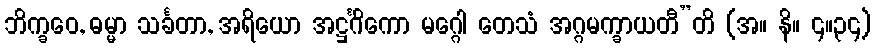
ဘိက္ခဝေ, ဓမ္မာ သင်္ခတာ, အရိယော အဋ္ဌင်္ဂိကော မဂ္ဂေါ တေသံ အဂ္ဂမက္ခာယတီ”တိ (အ။ နိ။ ၄။၃၄)